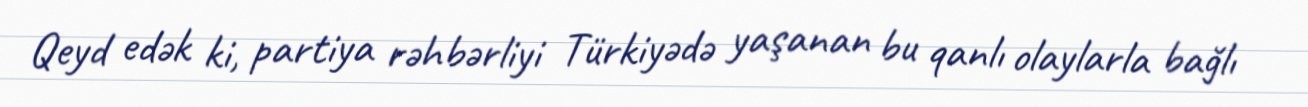
Qeyd edək ki, partiya rəhbərliyi Türkiyədə yaşanan bu qanlı olaylarla bağlı